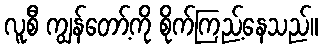
လူစီ ကျွန်တော့်ကို စိုက်ကြည့်နေသည်။